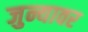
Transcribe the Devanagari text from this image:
जुन्यावर